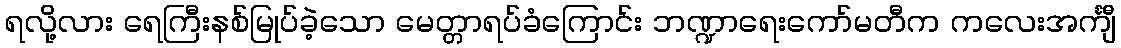
ရလို့လား ရေကြီးနစ်မြုပ်ခဲ့သော မေတ္တာရပ်ခံကြောင်း ဘဏ္ဍာရေးကော်မတီက ကလေးအင်္ကျီ